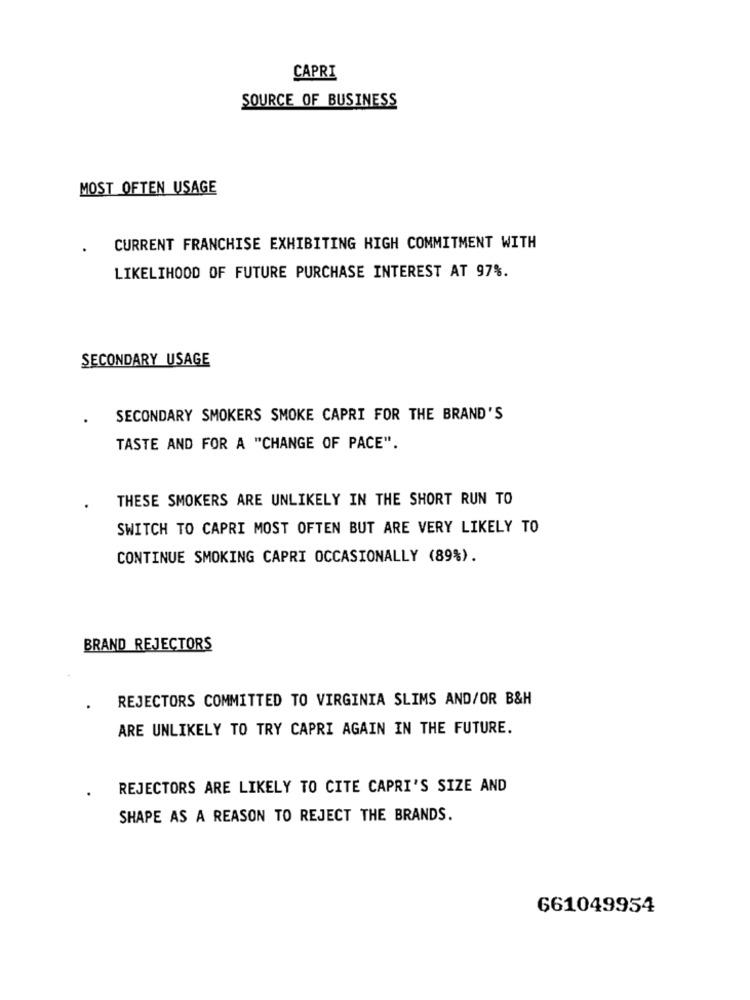
CAPRI
SOURCE OF BUSINESS
MOST OFTEN USAGE
CURRENT FRANCHISE EXHIBITING HIGH COMMITMENT WITH
LIKELIHOOD OF FUTURE PURCHASE INTEREST AT 97%.
SECONDARY USAGE
SECONDARY SMOKERS SMOKE CAPRI FOR THE BRAND'S
TASTE AND FOR A "CHANGE OF PACE".
THESE SMOKERS ARE UNLIKELY IN THE SHORT RUN TO
SWITCH TO CAPRI MOST OFTEN BUT ARE VERY LIKELY TO
CONTINUE SMOKING CAPRI OCCASIONALLY (89%).
BRAND REJECTORS
REJECTORS COMMITTED TO VIRGINIA SLIMS AND/OR B&H
ARE UNLIKELY TO TRY CAPRI AGAIN IN THE FUTURE.
REJECTORS ARE LIKELY TO CITE CAPRI'S SIZE AND
SHAPE AS A REASON TO REJECT THE BRANDS.
661049954